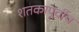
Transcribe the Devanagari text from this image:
शतकापूर्वीच